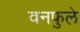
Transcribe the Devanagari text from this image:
वनफुले